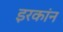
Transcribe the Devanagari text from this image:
इरकांन